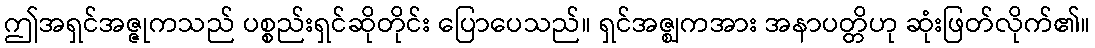
ဤအရှင်အဇ္ဇုကသည် ပစ္စည်းရှင်ဆိုတိုင်း ပြောပေသည်။ ရှင်အဇ္ဈကအား အနာပတ္တိဟု ဆုံးဖြတ်လိုက်၏။